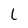
Character: L